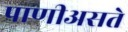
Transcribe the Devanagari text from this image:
पाणीअसते